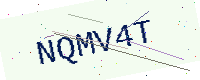
Text: NQMV4T